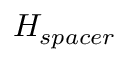
H _ { s p a c e r }